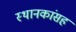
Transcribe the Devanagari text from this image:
स्थानकांसह